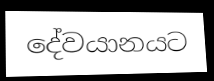
දේවයානයට